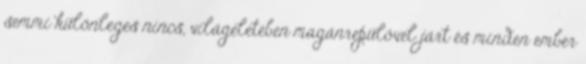
semmi különleges nincs, világéletében magánrepülővel járt és minden ember